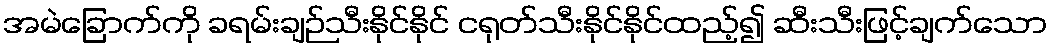
အမဲခြောက်ကို ခရမ်းချဉ်သီးနိုင်နိုင် ငရုတ်သီးနိုင်နိုင်ထည့်၍ ဆီးသီးဖြင့်ချက်သော